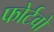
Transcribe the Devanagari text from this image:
फोर्टवो